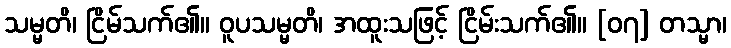
သမ္မတိ၊ ငြိမ်သက်၏။ ဝူပသမ္မတိ၊ အထူးသဖြင့် ငြိမ်းသက်၏။ [၀၇] တသ္မာ၊